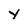
Character: y